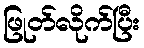
ဖြုတ်လိုက်ပြီး